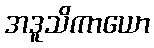
အဒူသိကာယော